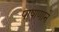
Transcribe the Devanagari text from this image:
पाषाणाने